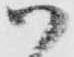
御